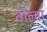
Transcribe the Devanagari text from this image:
वोल्‍गा